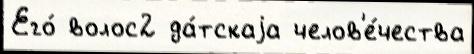
Его́ волос2 да́тскаjа челов'е́чества